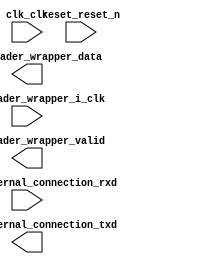

module Image_Loader_Wrapper (
	clk_clk,
	reset_reset_n,
	uart_0_external_connection_rxd,
	uart_0_external_connection_txd,
	image_loader_wrapper_i_clk,
	image_loader_wrapper_data,
	image_loader_wrapper_valid);	

	input		clk_clk;
	input		reset_reset_n;
	input		uart_0_external_connection_rxd;
	output		uart_0_external_connection_txd;
	input		image_loader_wrapper_i_clk;
	output	[23:0]	image_loader_wrapper_data;
	output		image_loader_wrapper_valid;
endmodule